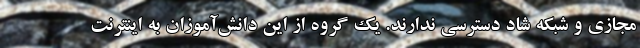
مجازی و شبکه شاد دسترسی ندارند. یک گروه از این دانش‌آموزان به اینترنت